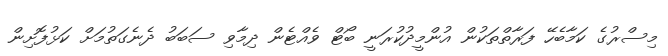
މިސްރުގެ ކަމާބެހޭ ފަރާތްތަކުން އުންމީދުކުރަނީ ބޯޓް ވެއްޓެން ދިމާވި ސަބަބު ދެނެގަތުމަށް ކަޅުފޮށިން